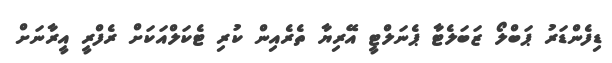
ޑިފެންޑަރު ޕަބްލޯ ޒަބަލެޓާ ޕެނަލްޓީ އޭރިޔާ ތެރެއިން ކުރި ޓެކަލްއަކަށް ރެފްރީ އީރާނަށް